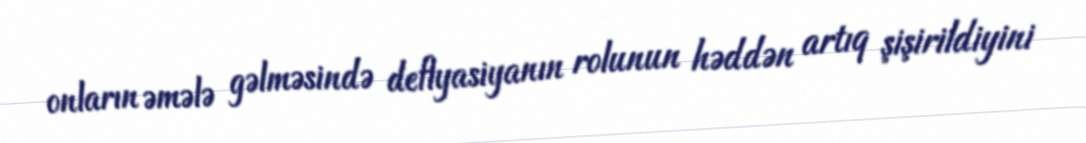
onların əmələ gəlməsində deflyasiyanın rolunun həddən artıq şişirildiyini